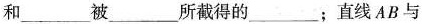
和___被___所截得的___；直线AB与